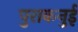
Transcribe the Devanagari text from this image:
पुराकनुई